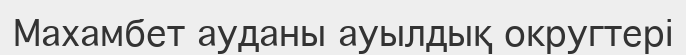
Махамбет ауданы ауылдық округтері